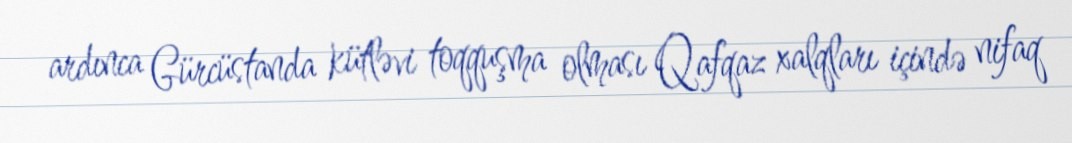
ardınca Gürcüstanda kütləvi toqquşma olması Qafqaz xalqları içində nifaq